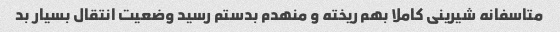
متاسفانه شیرینی کاملا بهم ریخته و منهدم بدستم رسید وضعیت انتقال بسیار بد